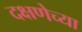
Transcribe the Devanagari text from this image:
दक्षणेच्या